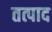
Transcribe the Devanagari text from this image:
तत्पाद